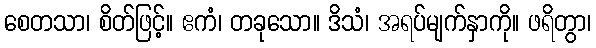
စေတသာ၊ စိတ်ဖြင့်။ ဧကံ၊ တခုသော။ ဒိသံ၊ အရပ်မျက်နှာကို။ ဖရိတွာ၊